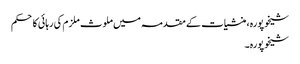
شیخوپورہ، منشیات کے مقدمہ میں ملوث ملزم کی رہائی کا حکم
شیخوپورہ۔